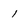
Character: 1